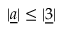
| \underline { { { a } } } | \leq | \underline { { { 3 } } } |